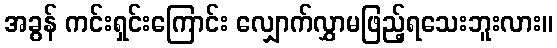
အခွန် ကင်းရှင်းကြောင်း လျှောက်လွှာမဖြည့်ရသေးဘူးလား။